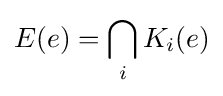
E(e)=\bigcap _{i}K_{i}(e)